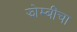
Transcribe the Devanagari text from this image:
झोम्बींचा